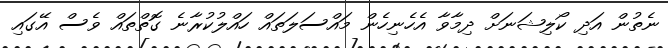
ނެތުން އަދި ކޯލިޝަނަށް ދިމާވާ އެހެނިހެން މައްސަލަތައް ހައްލުކުރާނެ ގޮތްތައް ވެސް އޭގައި